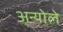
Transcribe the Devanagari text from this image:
अन्योले